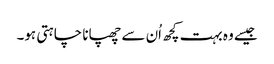
جیسے وہ بہت کچھ اُن سے چھپانا چاہتی ہو۔